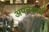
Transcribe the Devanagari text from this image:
अपनेकार्य